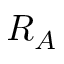
R _ { A }